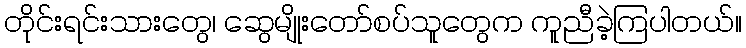
တိုင်းရင်းသားတွေ၊ ဆွေမျိုးတော်စပ်သူတွေက ကူညီခဲ့ကြပါတယ်။